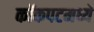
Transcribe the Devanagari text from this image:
कॉकपटमध्ये